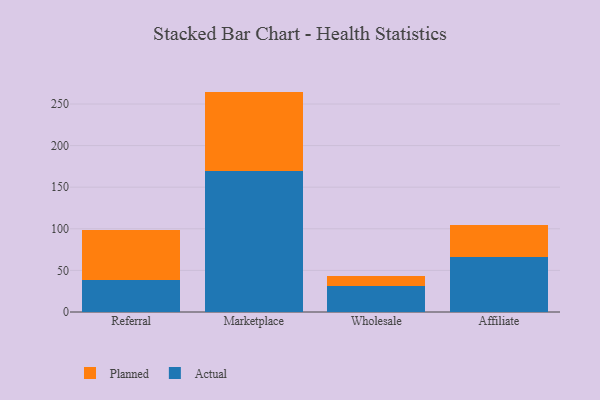
{"axis": {"x": "Channel", "y": "Demand Index"}, "legend": ["Actual", "Planned"], "data": [{"x": "Referral", "y": 38.7, "type": "Actual"}, {"x": "Referral", "y": 59.8, "type": "Planned"}, {"x": "Marketplace", "y": 170.0, "type": "Actual"}, {"x": "Marketplace", "y": 94.9, "type": "Planned"}, {"x": "Wholesale", "y": 30.8, "type": "Actual"}, {"x": "Wholesale", "y": 12.0, "type": "Planned"}, {"x": "Affiliate", "y": 66.3, "type": "Actual"}, {"x": "Affiliate", "y": 37.7, "type": "Planned"}]}